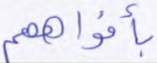
بأفواههم